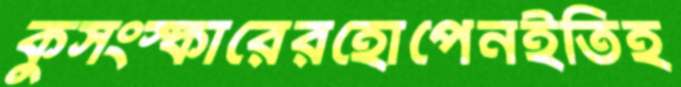
কুসংস্কারেরহোপেনইতিহ